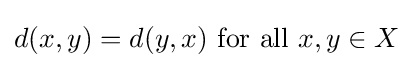
d(x,y)=d(y,x){\text{ for all }}x,y\in X